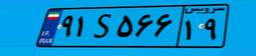
۰۲S۰۹۶۶۴